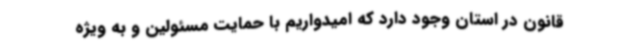
قانون در استان وجود دارد که امیدواریم با حمایت مسئولین و به ویژه